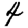
Digit: 4